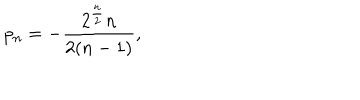
p _ { n } = - { \frac { 2 ^ { \frac { n } { 2 } } n } { 2 ( n - 1 ) } } ,